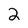
Character: 2